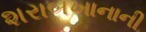
શરાબખાનાની